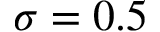
\sigma = 0 . 5